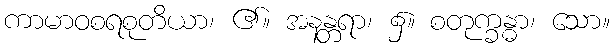
ကာမာဝစရစုတိယာ၊ ၏။ အနန္တရာ၊ ၌။ စတုက္ခန္ဓာ၊ သော။